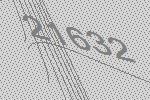
21632